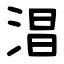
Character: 淐